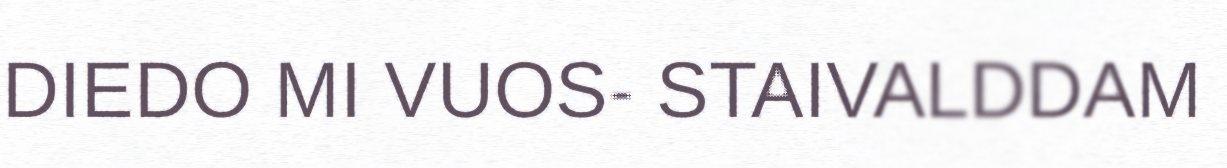
DIEDO MI VUOS- STAIVALDDAM